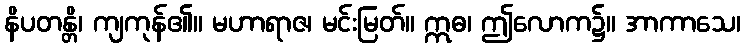
နိပတန္တိ၊ ကျကုန်၏။ မဟာရာဇ၊ မင်းမြတ်။ ဣဓ၊ ဤလောက၌။ အာကာသေ၊